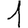
Digit: 1